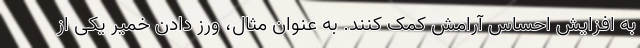
به افزایش احساس آرامش کمک کنند. به عنوان مثال، ورز دادن خمیر یکی از